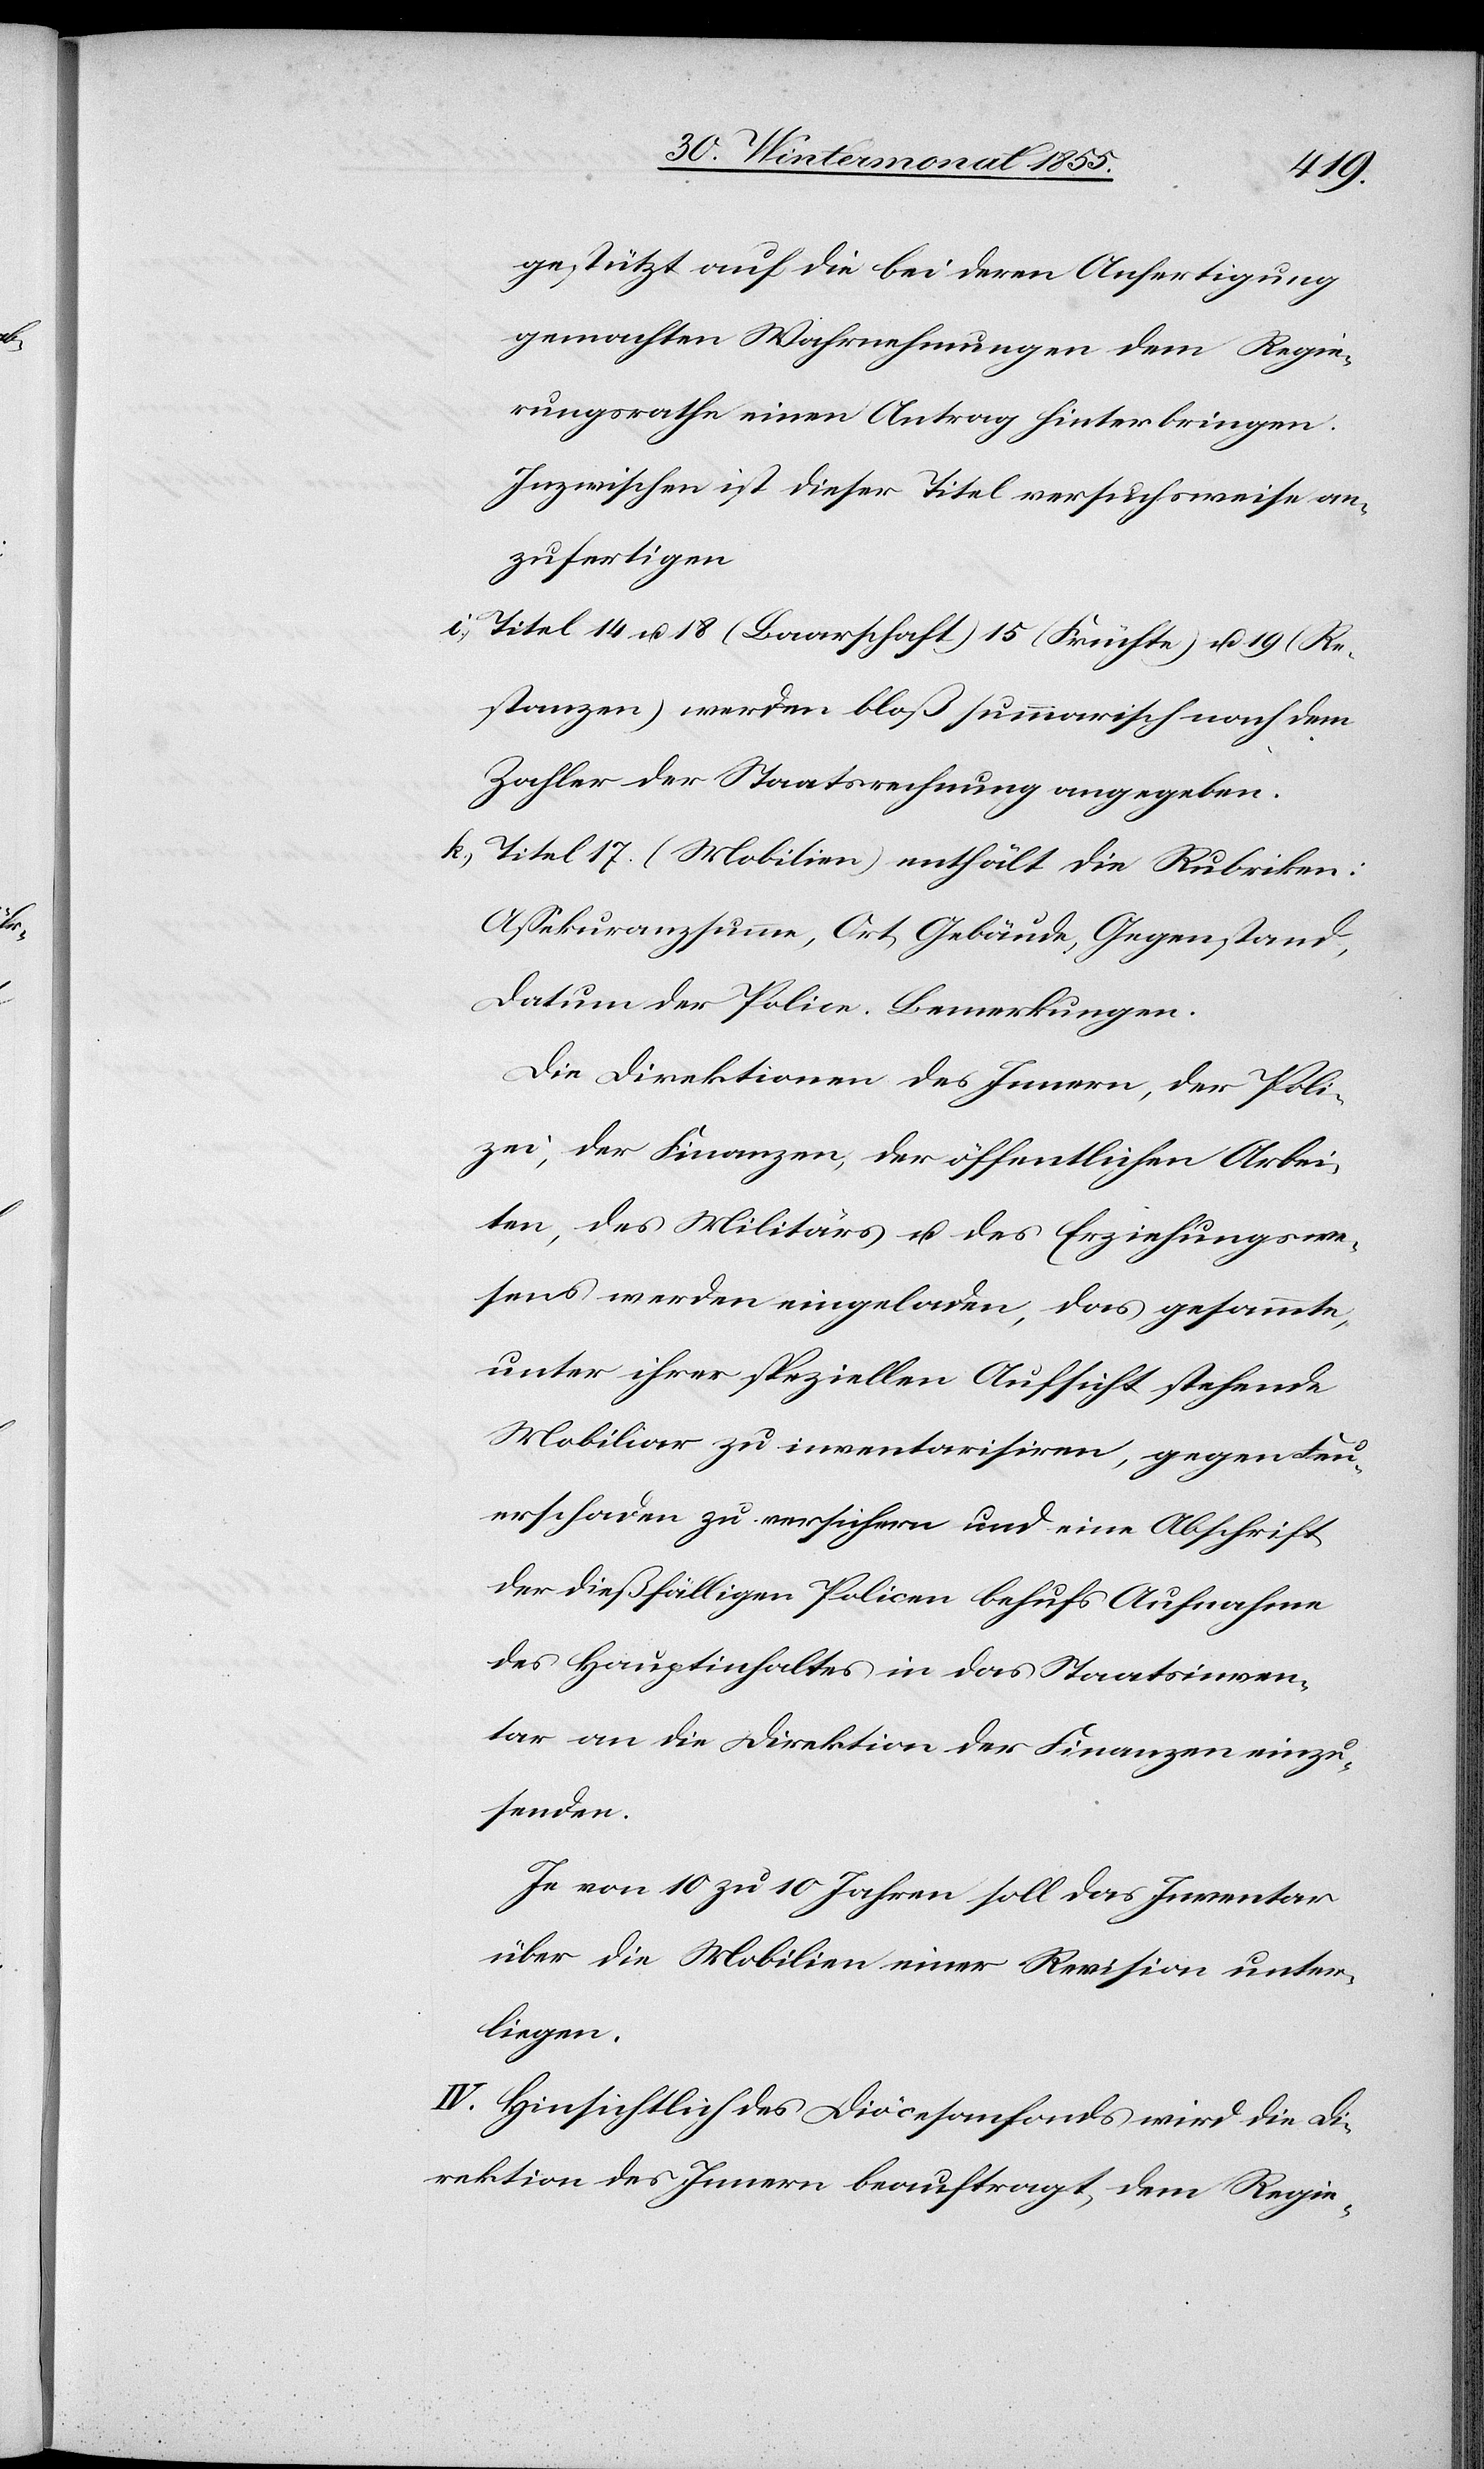
gestützt auf die bei deren Anfertigung
gemachten Wahrnehmungen dem Regie¬
rungsrathe einen Antrag hinterbringen.
Inzwischen ist dieser Titel versuchsweise an¬
zufertigen.
Titel 14 u. 18 (Baarschaft) 15 (Früchte) u. 19 (Re¬
stanzen) werden bloß summarisch nach dem
Zahler der Staatsrechnung angegeben.
Titel 17. (Mobilien) enthält die Rubriken:
Assekuranzsumme, Ort, Gebäude, Gegenstand,
Datum der Police. Bemerkungen.
Die Direktionen des Innern, der Poli¬
zei, der Finanzen, der öffentlichen Arbei¬
ten, des Militärs u. des Erziehungswe¬
sens werden eingeladen, das gesammte,
unter ihrer speziellen Aufsicht stehende
Mobiliar zu inventarisiren, gegen Feu¬
erschaden zu versichern und eine Abschrift
der dießfälligen Policen behufs Aufnahme
des Hauptinhaltes in das Staatsinven¬
tar an die Direktion der Finanzen einzu¬
senden.
Je von 10 zu 10 Jahren soll das Inventar
über die Mobilien einer Revision unter¬
liegen.
IV. Hinsichtlich des Diöcesanfonds wird die D¬
irektion des Innern beauftragt, dem Regie-